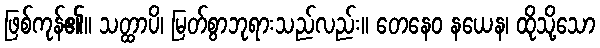
ဖြစ်ကုန်၏။ သတ္ထာပိ၊ မြတ်စွာဘုရားသည်လည်း။ တေနေဝ နယေန၊ ထိုသို့သော